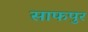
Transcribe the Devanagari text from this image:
साफपुर